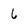
Character: 6